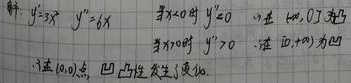
解：\(y' = 3x^{2}\)，\(y'' = 6x\)。
当 \(x<0\) 时，\(y''<0\)，在 \((-\infty,0)\) 为凸。
当 \(x>0\) 时，\(y''>0\)，在 \((0,+\infty)\) 为凹。
在 \((0,0)\) 点，凹凸性发生了变化。